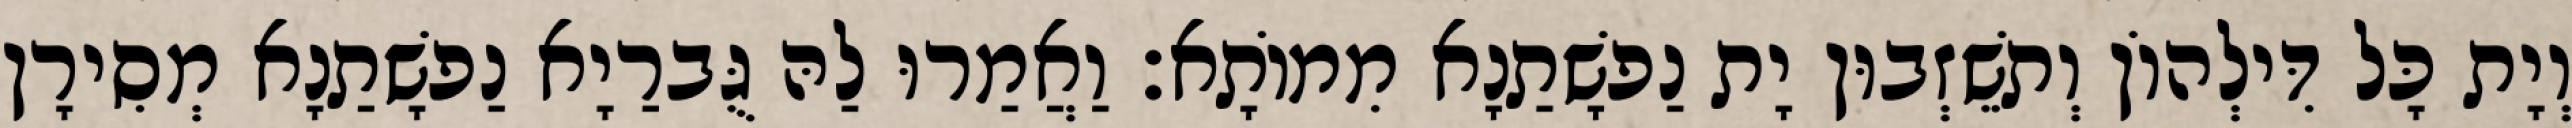
וְיָת כָּל דִּילְהוֹן וְתשֵׁזְבוּן יָת נַפשָׁתַנָא מִמוֹתָא׃ וַאֲמַרוּ לַהּ גֻּברַיָא נַפשָׁתַנָא מְסִירָן